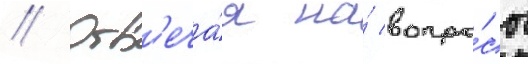
// Отв'еча́я на́ вопро́сы